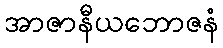
အာဇာနီယဘောဇနံ